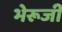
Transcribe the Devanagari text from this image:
भेरूजी